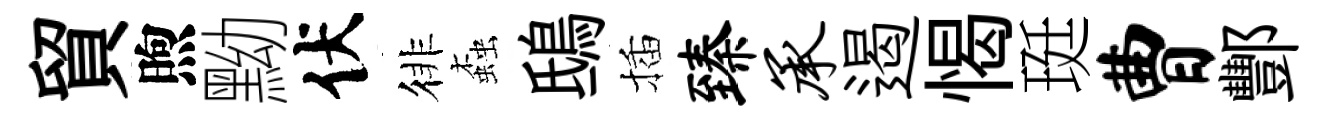
貿煦黝伏徘螙鴟插臻承遏愒珽曹酆